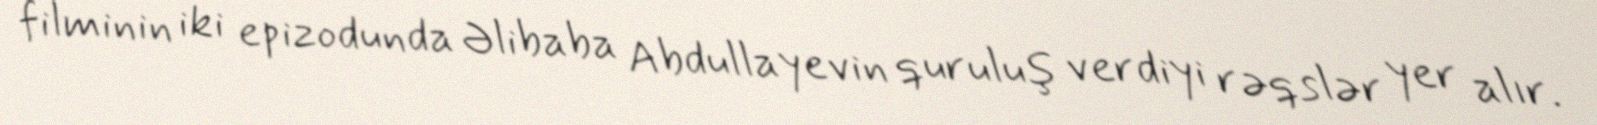
filminin iki epizodunda Əlibaba Abdullayevin quruluş verdiyi rəqslər yer alır.